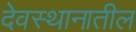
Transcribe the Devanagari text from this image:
देवस्थानातील